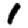
Digit: 1